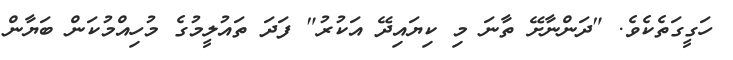
ހަގީގަތެކެވެ. "ދަންނާށޭ ތާނަ މި ކިޔައިދޭ އަކުރު" ފަދަ ތައުލީމުގެ މުހިއްމުކަން ބަޔާން